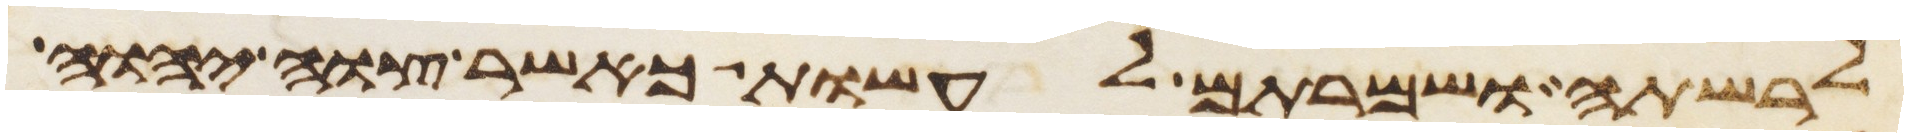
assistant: לרשתה ושמרתם לעשות כאשר צוה יהוה